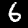
Label: 6